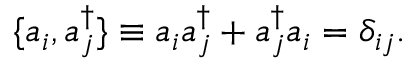
\{ a _ { i } ^ { \, } , a _ { j } ^ { \dagger } \} \equiv a _ { i } ^ { \, } a _ { j } ^ { \dagger } + a _ { j } ^ { \dagger } a _ { i } ^ { \, } = \delta _ { i j } .